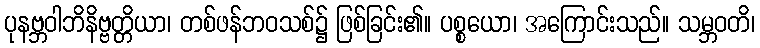
ပုနဗ္ဘဝါဘိနိဗ္ဗတ္တိယာ၊ တစ်ဖန်ဘဝသစ်၌ ဖြစ်ခြင်း၏။ ပစ္စယော၊ အကြောင်းသည်။ သမ္ဘဝတိ၊